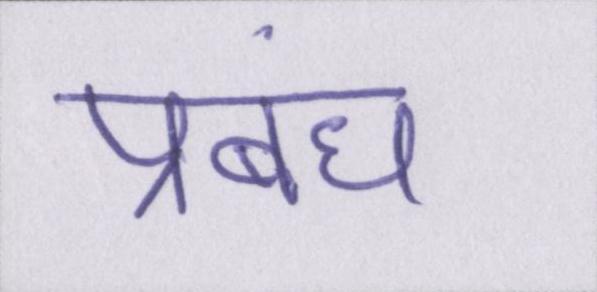
प्रबंध